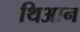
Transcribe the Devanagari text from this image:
थिआन